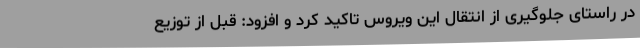
در راستای جلوگیری از انتقال این ویروس تاکید کرد و افزود: قبل از توزیع